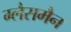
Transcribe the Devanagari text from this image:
ग्लैसमैन